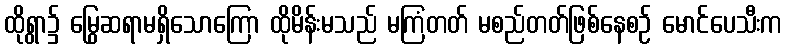
ထိုရွာ၌ မြွေဆရာမရှိသောကြော ထိုမိန်းမသည် မကြံတတ် မစည်တတ်ဖြစ်နေစဉ် မောင်ပေသီးက